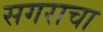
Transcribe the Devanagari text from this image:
सगराचा